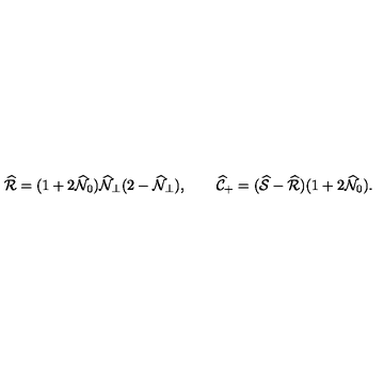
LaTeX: \widehat { \cal R } = ( 1 + 2 \widehat { \cal N } _ { 0 } ) \widehat { \cal N } _ { \perp } ( 2 - \widehat { \cal N } _ { \perp } ) , \qquad \widehat { \cal C } _ { + } = ( \widehat { \cal S } - \widehat { \cal R } ) ( 1 + 2 \widehat { \cal N } _ { 0 } ) .